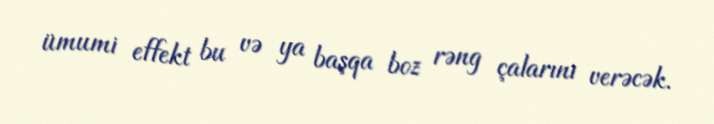
ümumi effekt bu və ya başqa boz rəng çalarını verəcək.